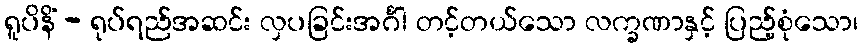
ရူပိနိံ - ရုပ်ရည်အဆင်း လှပခြင်းအင်္ဂါ တင့်တယ်သော လက္ခဏာနှင့် ပြည့်စုံသော၊